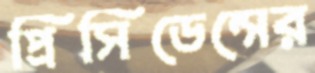
প্রিসিডেন্সের